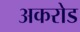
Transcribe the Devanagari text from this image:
अकरोड